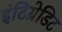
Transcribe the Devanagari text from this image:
इंटिग्रेडिट